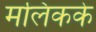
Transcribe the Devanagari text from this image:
मलिकके